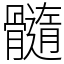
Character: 髓